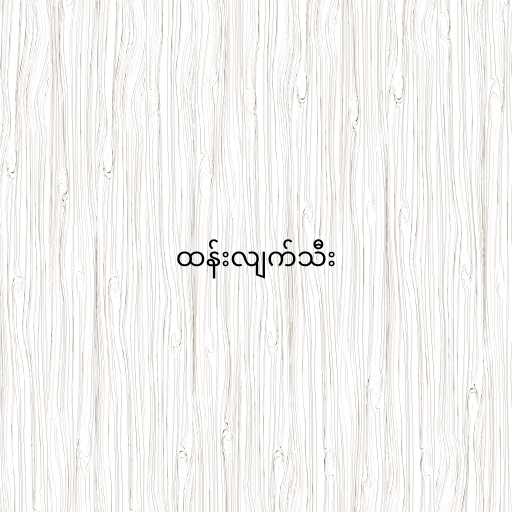
ထန်းလျက်သီး